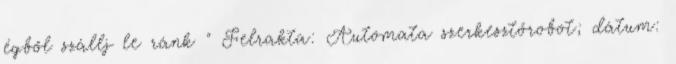
égből szállj le ránk " Felrakta: Automata szerkesztőrobot; dátum: